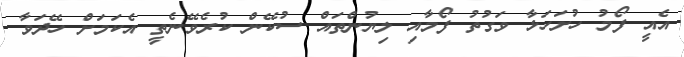
އެއީ ފޯމު ހުށަހަޅާ ވަގުތު ފޯމާއި ލިޔުންތައް ސުކޭން ކުރެވޭނެތީ އެކަމަށް ހޭދަވާ